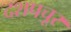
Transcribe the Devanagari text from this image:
दशपचूर